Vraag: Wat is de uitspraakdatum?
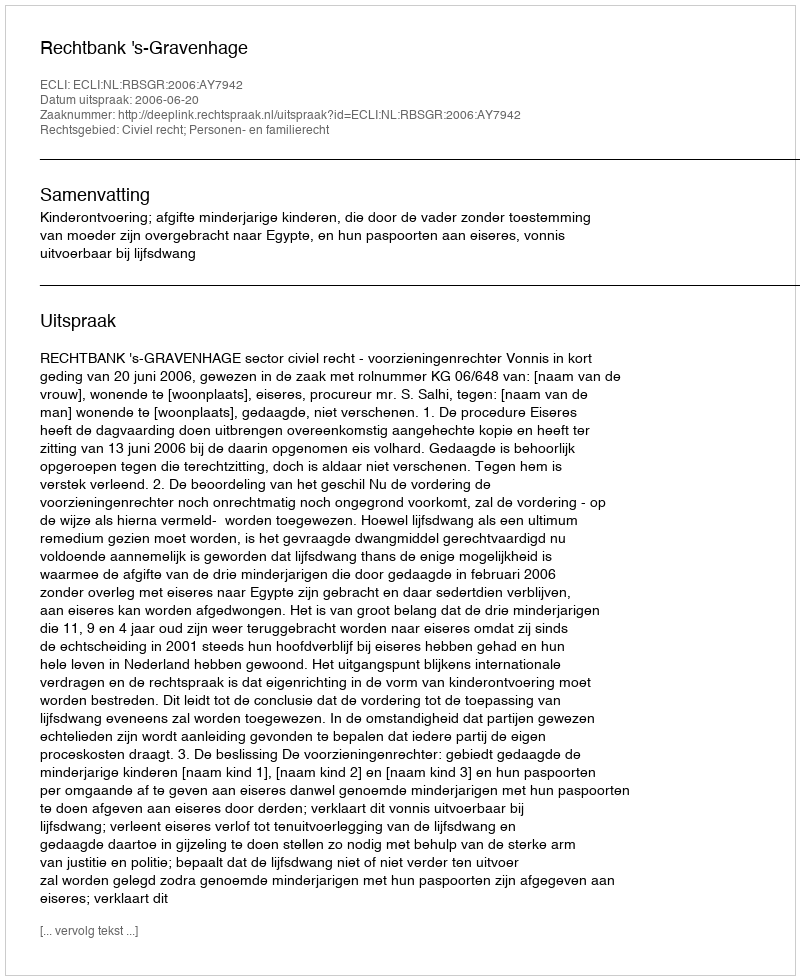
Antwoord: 2006-06-20